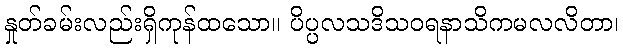
နှုတ်ခမ်းလည်းရှိကုန်ထသော။ ပိပ္ပလသဒိသဝရနာသိကမလလိတာ၊